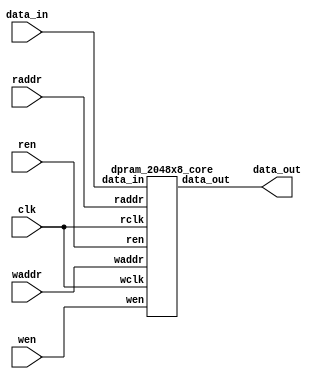
// This program was cloned from: https://github.com/lnis-uofu/OpenFPGA
// License: MIT License

//-----------------------------------------------------
// Design Name : dpram_2048x8
// Function    : Dual port RAM 2048 x 8bit 
// Coder       : Xifan Tang
//-----------------------------------------------------

module dpram_2048x8 (
  input clk,
  input wen,
  input ren,
  input[0:10] waddr,
  input[0:10] raddr,
  input[0:7] data_in,
  output[0:7] data_out );

    dpram_2048x8_core memory_0 (
      .wclk    (clk),
      .wen    (wen),
      .waddr    (waddr),
      .data_in  (data_in),
      .rclk    (clk),
      .ren    (ren),
      .raddr    (raddr),
      .data_out    (data_out) );

endmodule

//-----------------------------------------------------
// Design Name : dpram_2048x8_core
// Function    : Core module of dual port RAM 2048 addresses x 8 bit
// Coder       : Xifan tang
//-----------------------------------------------------
module dpram_2048x8_core (
  input wclk,
  input wen,
  input[0:10] waddr,
  input[0:7] data_in,
  input rclk,
  input ren,
  input[0:10] raddr,
  output[0:7] data_out );

  reg[0:7] ram[0:2047];
  reg[0:7] internal;

  assign data_out = internal;

  always @(posedge wclk) begin
    if(wen) begin
      ram[waddr] <= data_in;
    end
  end

  always @(posedge rclk) begin
    if(ren) begin
      internal <= ram[raddr];
    end
  end

endmodule